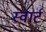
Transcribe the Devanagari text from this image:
स्वार्ट